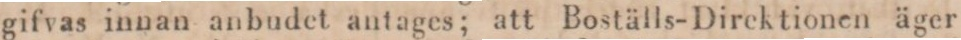
gifvas innan anbudet antages; att Boställs-Direktionen äger